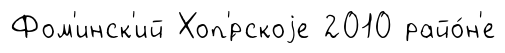
Фом'инск'ий Хоп'́рскоjе 2010 райо́н'е